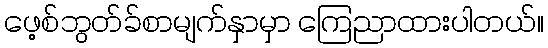
ဖေ့စ်ဘွတ်ခ်စာမျက်နှာမှာ ကြေညာထားပါတယ်။